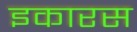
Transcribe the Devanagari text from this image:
इकारस